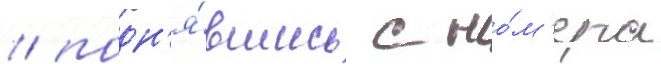
/ подн'я́вшись с но́м'ера